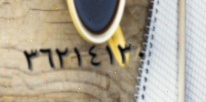
٣٦٢١٤١٣٠